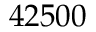
4 2 5 0 0